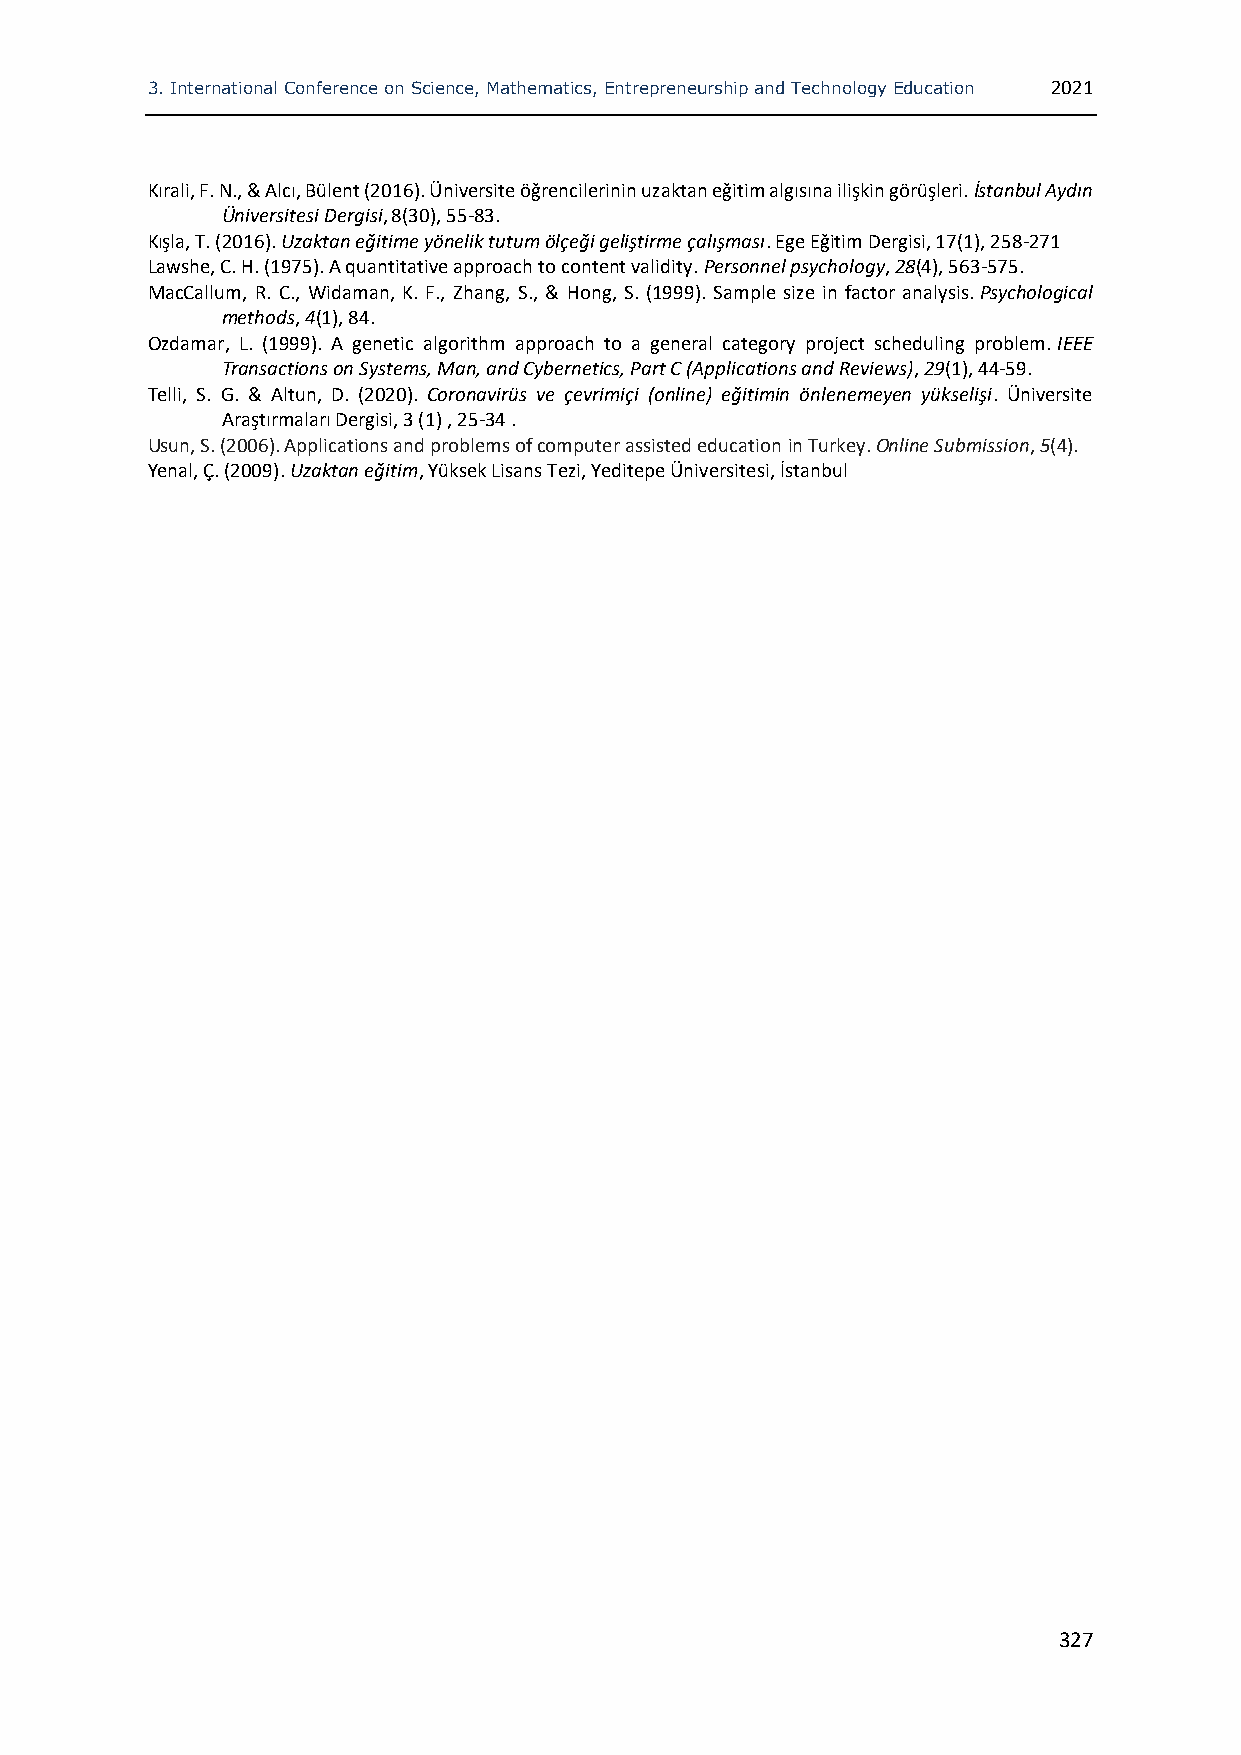
3. International Conference on Science, Mathematics, Entrepreneurship and Technology Education 2021
 Kırali, F. N., & Alcı, Bülent (2016). Üniversite öğrencilerinin uzaktan eğitim algısına ilişkin görüşleri. İstanbul Aydın
 Üniversitesi Dergisi, 8(30), 55-83.
 Kışla, T. (2016). Uzaktan eğitime yönelik tutum ölçeği geliştirme çalışması. Ege Eğitim Dergisi, 17(1), 258-271
 Lawshe, C. H. (1975). A quantitative approach to content validity. Personnel psychology, 28(4), 563-575.
 MacCallum, R. C., Widaman, K. F., Zhang, S., & Hong, S. (1999). Sample size in factor analysis. Psychological
 methods, 4(1), 84.
 Ozdamar, L. (1999). A genetic algorithm approach to a general category project scheduling problem. IEEE
 Transactions on Systems, Man, and Cybernetics, Part C (Applications and Reviews), 29(1), 44-59.
 Telli, S. G. & Altun, D. (2020). Coronavirüs ve çevrimiçi (online) eğitimin önlenemeyen yükselişi. Üniversite
 Araştırmaları Dergisi, 3 (1) , 25-34 .
 Usun, S. (2006). Applications and problems of computer assisted education in Turkey. Online Submission, 5(4).
 Yenal, Ç. (2009). Uzaktan eğitim, Yüksek Lisans Tezi, Yeditepe Üniversitesi, İstanbul
 327